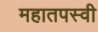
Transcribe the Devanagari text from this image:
महातपस्वी